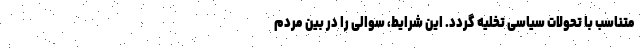
متناسب با تحولات سیاسی تخلیه گردد. این شرایط، سوالی را در بین مردم